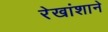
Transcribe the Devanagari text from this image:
रेखांशाने